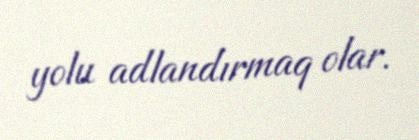
yolu adlandırmaq olar.